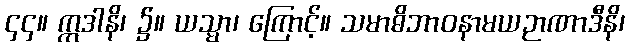
၄၄။ ဣဒါနိ၊ ၌။ ယသ္မာ၊ ကြောင့်။ သမာဓိဘာဝနာမယဉာဏာဒီနိ၊